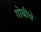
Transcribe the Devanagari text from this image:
गोबीचे